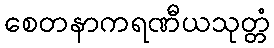
စေတနာကရဏီယသုတ္တံ